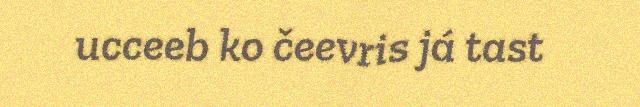
ucceeb ko čeevris já tast